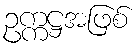
ဥက္ကဋ္ဌအဖြစ်